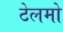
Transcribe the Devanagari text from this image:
टेलमो